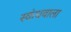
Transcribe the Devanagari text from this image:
स्कंधवाला